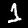
Digit: 1